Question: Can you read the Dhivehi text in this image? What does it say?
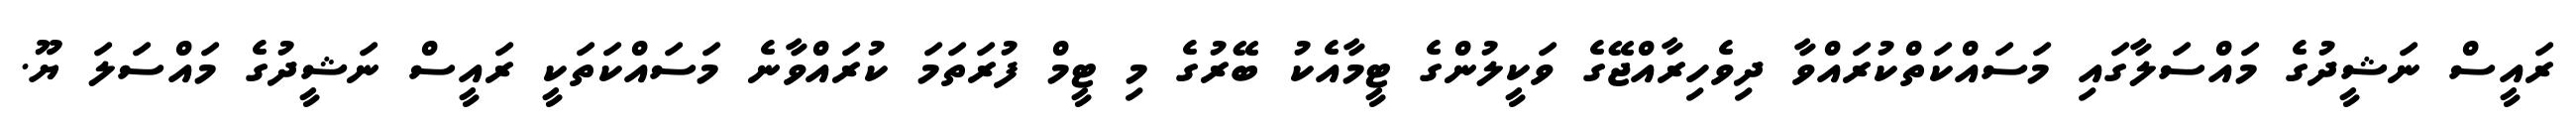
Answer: ރައީސް ނަޝީދުގެ މައްސަލާގައި މަސައްކަތްކުރައްވާ ދިވެހިރާއްޖޭގެ ވަކީލުންގެ ޓީމާއެކު ބޭރުގެ މި ޓީމް ފުރަތަމަ ކުރައްވާނެ މަސައްކަތަކީ ރައީސް ނަޝީދުގެ މައްސަލަ ޔޫ.